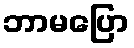
ဘာမပြော